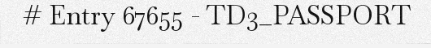
# Entry 67655 - TD3_PASSPORT